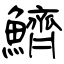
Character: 鱭